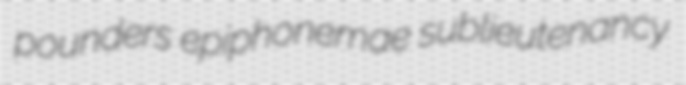
pounders epiphonemae sublieutenancy